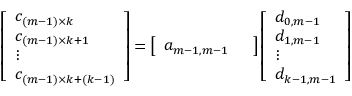
\begin{array} { r } { \left[ \begin{array} { l } { c _ { ( m - 1 ) \times k } } \\ { c _ { ( m - 1 ) \times k + 1 } } \\ { \vdots } \\ { c _ { ( m - 1 ) \times k + ( k - 1 ) } } \end{array} \right] = \left[ \begin{array} { l l } { a _ { m - 1 , m - 1 } } & { } \end{array} \right] \left[ \begin{array} { l } { d _ { 0 , m - 1 } } \\ { d _ { 1 , m - 1 } } \\ { \vdots } \\ { d _ { k - 1 , m - 1 } } \end{array} \right] } \end{array}